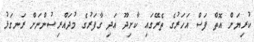
ކުރިޔަށް އޮތް ފަސް އަހަރުގެ ތެރޭގައި ކާށިދޫ އަދި ގާފަރުގެ މުދައްރިސުންނަށް ރަނގަޅު